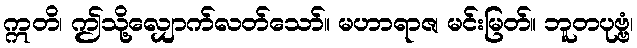
ဣတိ၊ ဤသို့လျှောက်လတ်သော်။ မဟာရာဇ၊ မင်းမြတ်။ ဘူတပုဗ္ဗံ၊